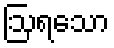
ဩရသော